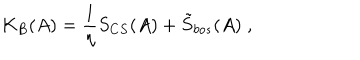
K _ { B } ( A ) = \frac 1 \eta S _ { C S } ( A ) + \tilde { S } _ { b o s } ( A ) \; ,